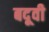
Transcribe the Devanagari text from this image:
बदूवी